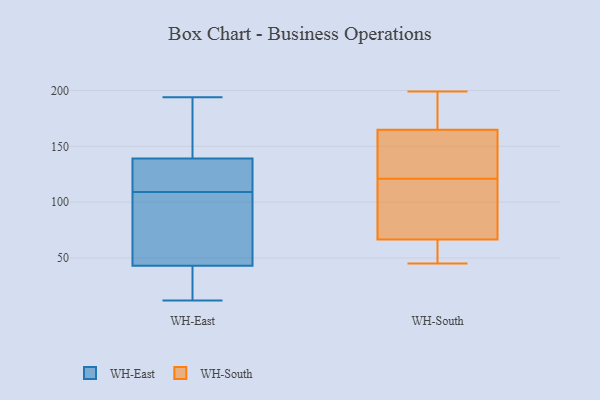
{"axis": {"x": "Satisfaction Score", "y": "Value"}, "legend": ["WH-East", "WH-South"], "data": [{"x": "", "y": 98, "type": "WH-East"}, {"x": "", "y": 129, "type": "WH-East"}, {"x": "", "y": 14, "type": "WH-East"}, {"x": "", "y": 169, "type": "WH-East"}, {"x": "", "y": 170, "type": "WH-East"}, {"x": "", "y": 22, "type": "WH-East"}, {"x": "", "y": 28, "type": "WH-East"}, {"x": "", "y": 56, "type": "WH-East"}, {"x": "", "y": 121, "type": "WH-East"}, {"x": "", "y": 109, "type": "WH-East"}, {"x": "", "y": 183, "type": "WH-East"}, {"x": "", "y": 124, "type": "WH-East"}, {"x": "", "y": 48, "type": "WH-East"}, {"x": "", "y": 109, "type": "WH-East"}, {"x": "", "y": 12, "type": "WH-East"}, {"x": "", "y": 194, "type": "WH-East"}, {"x": "", "y": 79, "type": "WH-East"}, {"x": "", "y": 65, "type": "WH-South"}, {"x": "", "y": 192, "type": "WH-South"}, {"x": "", "y": 71, "type": "WH-South"}, {"x": "", "y": 172, "type": "WH-South"}, {"x": "", "y": 45, "type": "WH-South"}, {"x": "", "y": 45, "type": "WH-South"}, {"x": "", "y": 199, "type": "WH-South"}, {"x": "", "y": 87, "type": "WH-South"}, {"x": "", "y": 143, "type": "WH-South"}, {"x": "", "y": 141, "type": "WH-South"}, {"x": "", "y": 121, "type": "WH-South"}]}